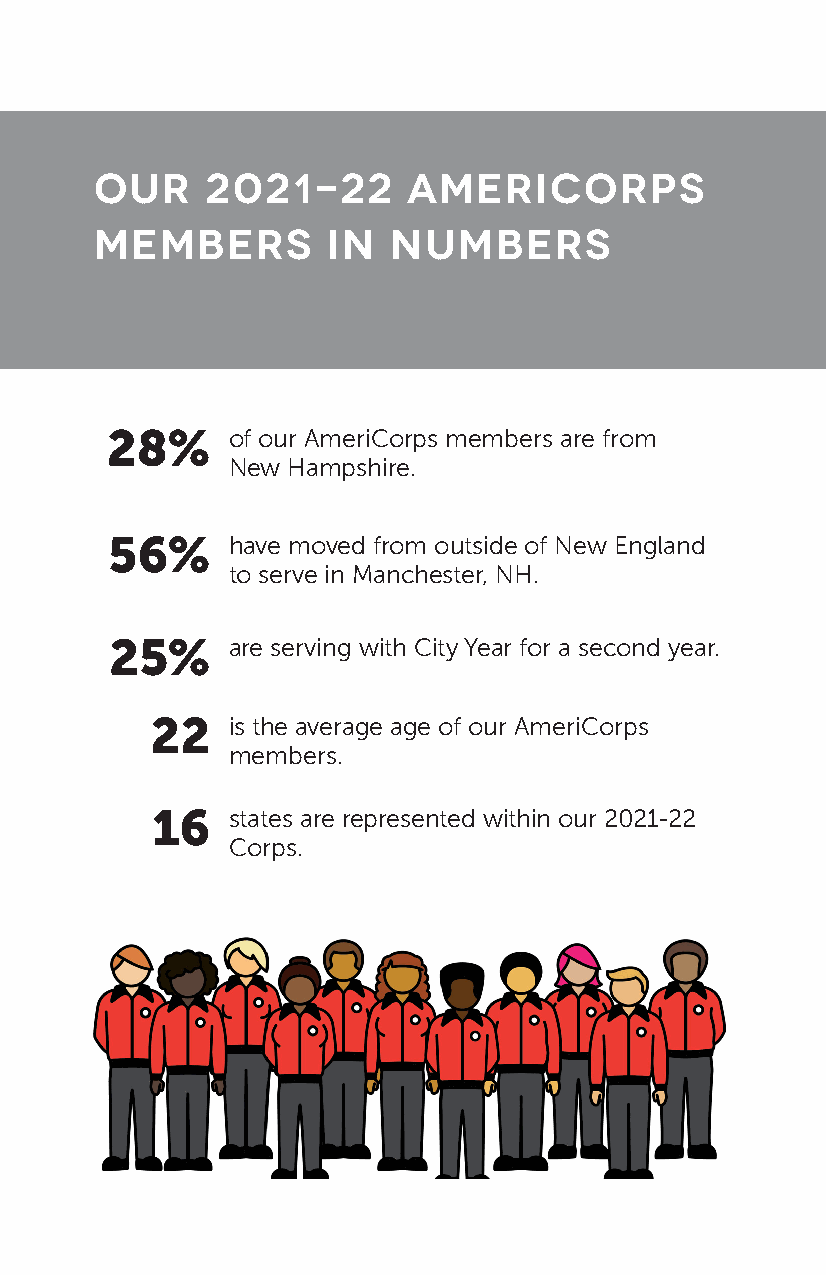
OUR     2021-22      AMERICORPS
 MEMBERS         IN  NUMBERS
 28%     of our AmeriCorps members are from
 New Hampshire.
 56%     have moved from outside of New England
 to serve in Manchester, NH.
 25%     are serving with City Year for a second year.
 22   is the average age of our AmeriCorps
 members.
 16   states are represented within our 2021-22
 Corps.